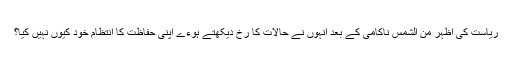
ریاست کی اظہر من الشمس ناکامی کے بعد انہوں نے حالات کا رخ دیکھتے ہوءے اپنی حفاظت کا انتظام خود کیوں نہیں کیا؟